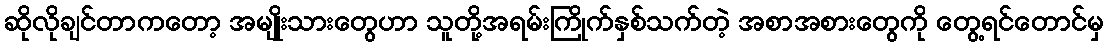
ဆိုလိုချင်တာကတော့ အမျိုးသားတွေဟာ သူတို့အရမ်းကြိုက်နှစ်သက်တဲ့ အစာအစားတွေကို တွေ့ရင်တောင်မှ